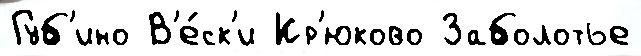
Губ'ино В'е́ск'и Кр'юково Заболотье